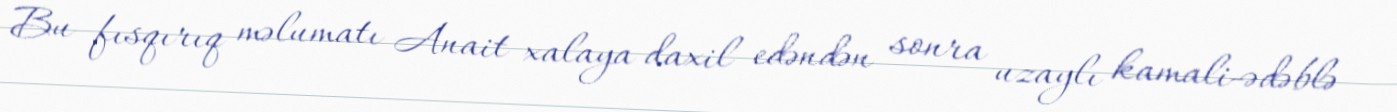
Bu fısqırıq məlumatı Anait xalaya daxil edəndən sonra uzaylı kamali-ədəblə